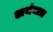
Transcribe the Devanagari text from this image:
अर्थमात्र